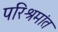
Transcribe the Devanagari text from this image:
परिश्रमांत